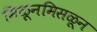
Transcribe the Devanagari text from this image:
मिळूनमिसळून